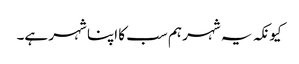
کیونکہ یہ شہر ہم سب کا اپنا شہر ہے۔